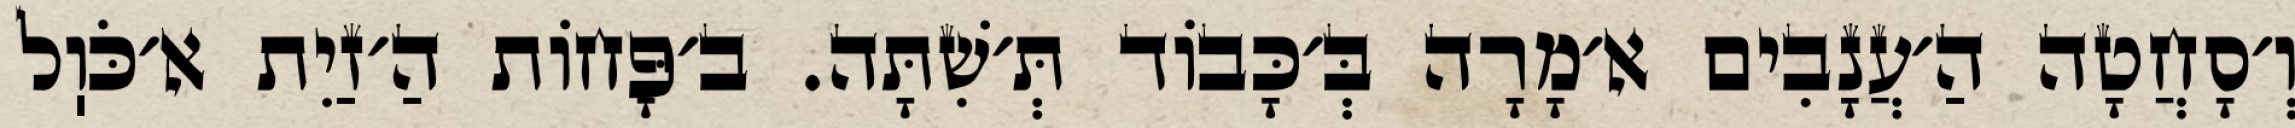
וְ׳סָחֲטָה הַ׳עֲנָבִים א׳מָרָה בְּ׳כָּבוֹד תְּ׳שִׁתָּה. ב׳פָּחוֹת הַ׳זַיִת א׳כֹּוֽל